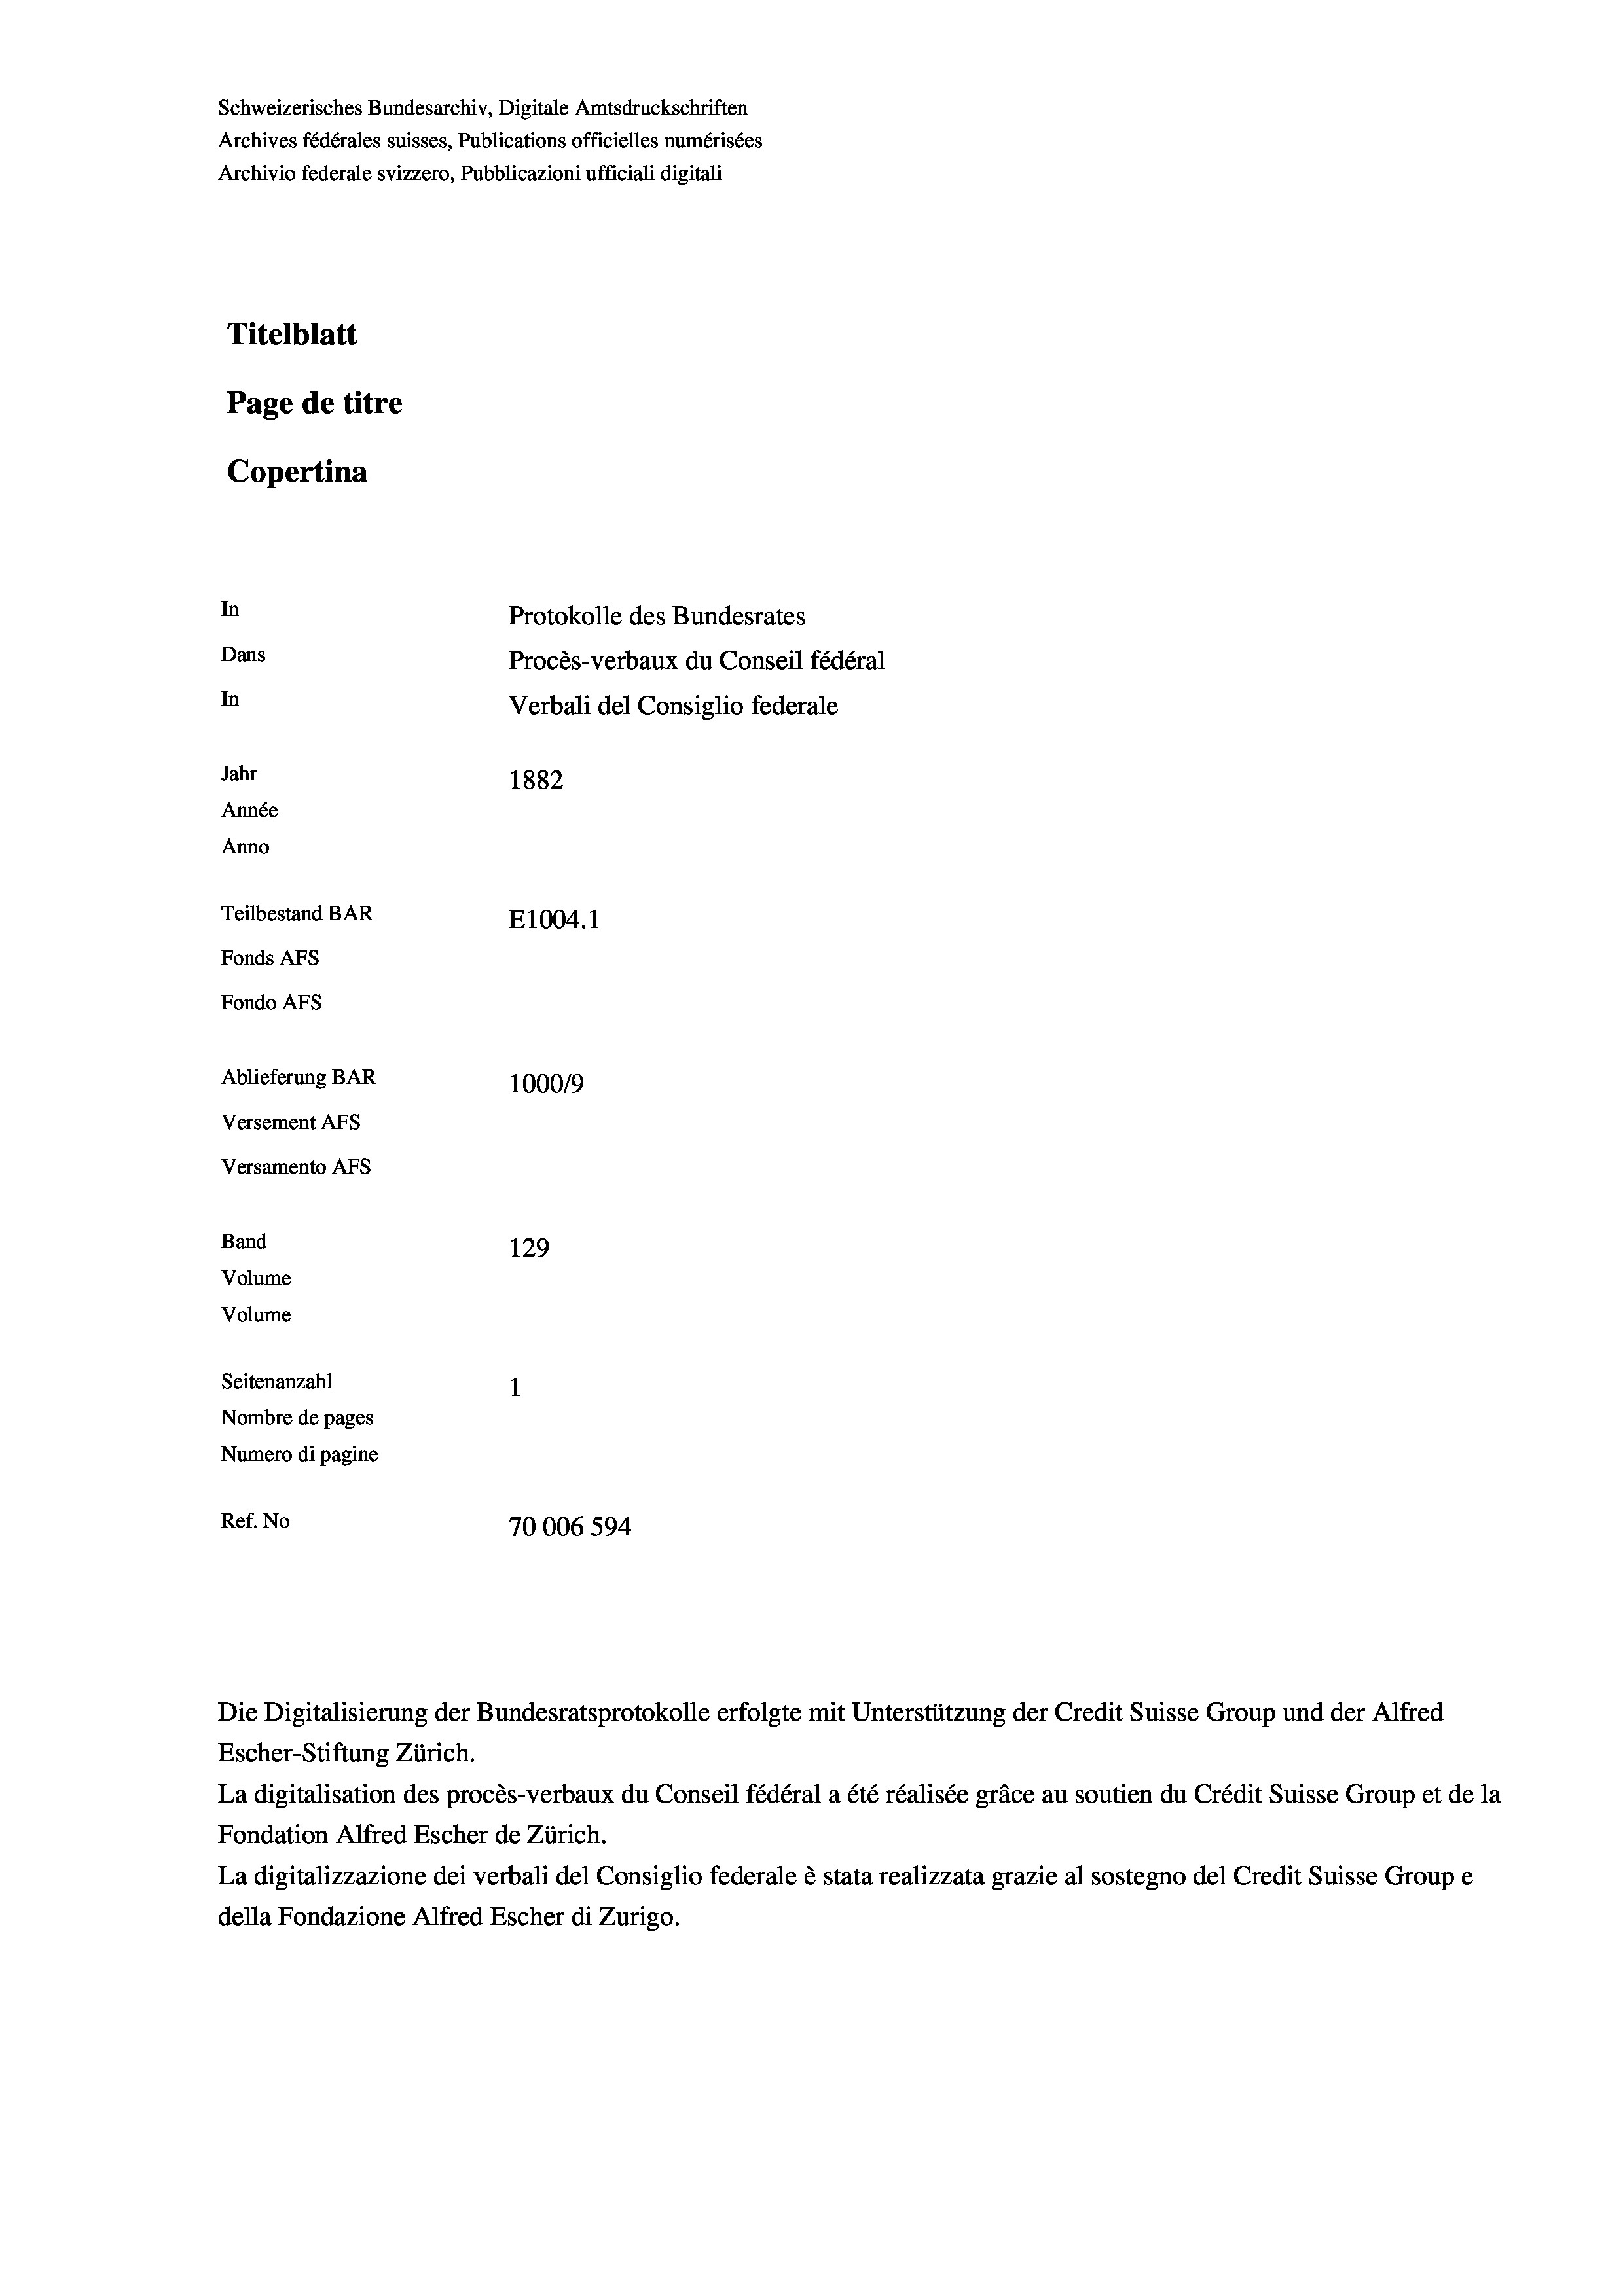
Schweizerisches Bundesarchiv, Digitale Amtsdruckschriften
Archives fédérales suisses, Publications officielles numérisées
Archivio federale svizzero, Pubblicazioni ufficiali digitali
Titelblatt
Page de titre
Copertina

In
Protokolle des Bundesrates
Dans
Procès-verbaux du Conseil fédéral
In
Verbali del Consiglio federale
Jahr
1882

Année
Anno

Teilbestand BAR
E1004.1
Fonds Afs
Fondo AFs
Ablieferung BAR
100019
Versement AFS
Versamento Afs
Band
129
Volume
Volume
Seitenanzahl
Nombre de pages
Numero di pagine
Ref. No
70006 594

Escher-Stiftung Zürich.
La digitalisation des procès-verbaux du Conseil fédéral a été réalisée gräce au soutien du Crédit Suisse Group et de la
Fondation Alfred Escher de Zürich.
La digitalizzazione dei verbali del Consiglio federale è stata realizzata grazie al sostegno del Credit Suisse Groupe
della Fondazione Alfred Escher di Zurigo.

Die Digitalisierung der Bundesratsprotokolle erfolgte mit Unterstützung der Credit Suisse Group und der Alfred